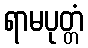
ရာမပုတ္တံ